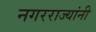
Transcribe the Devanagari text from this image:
नगरराज्यांनी